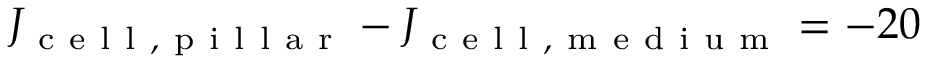
J _ { \mathrm { ~ c ~ e ~ l ~ l ~ , ~ p ~ i ~ l ~ l ~ a ~ r ~ } } - J _ { \mathrm { ~ c ~ e ~ l ~ l ~ , ~ m ~ e ~ d ~ i ~ u ~ m ~ } } = - 2 0